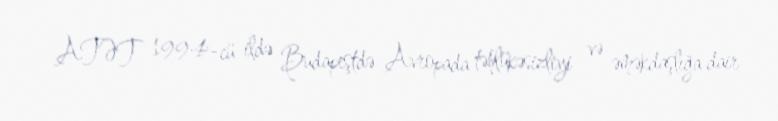
ATƏT 1994-cü ildə Budapeştdə Avropada təhlükəsizliyi və əməkdaşlığa dair